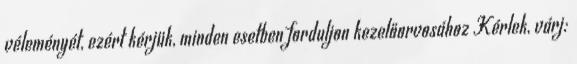
véleményét, ezért kérjük, minden esetben forduljon kezelőorvosához Kérlek, várj: